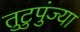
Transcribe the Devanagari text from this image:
तुटुपुंज्या